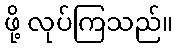
ဖို့ လုပ်ကြသည်။